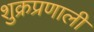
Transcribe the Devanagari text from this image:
शुक्रप्रणाली